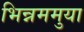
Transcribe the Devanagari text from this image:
भिन्नममुया